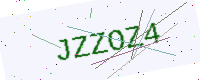
Text: JZZOZ4